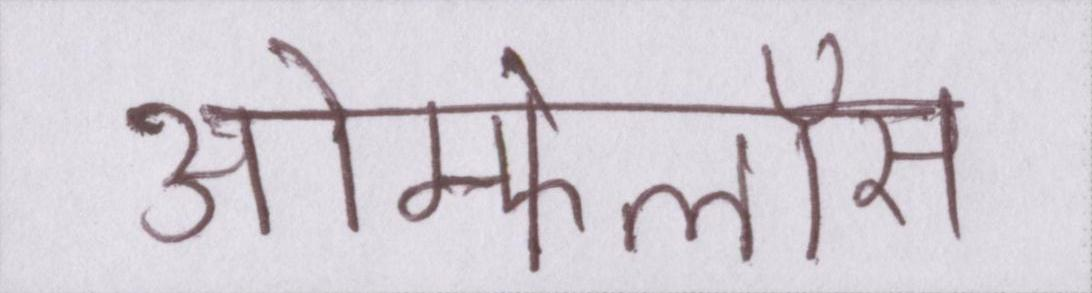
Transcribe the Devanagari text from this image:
ओम्फेलॉस